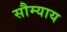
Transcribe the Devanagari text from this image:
सौम्याय